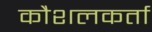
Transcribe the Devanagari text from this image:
कौशलकर्ता